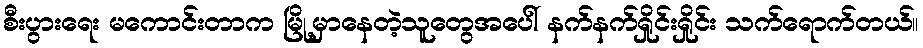
စီးပွားရေး မကောင်းတာက မြို့မှာနေတဲ့သူတွေအပေါ် နက်နက်ရှိုင်းရှိုင်း သက်ရောက်တယ်။